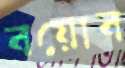
বয়োব